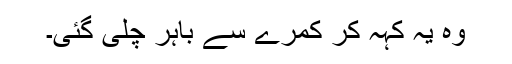
وہ یہ کہہ کر کمرے سے باہر چلی گئی۔